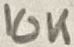
Text: 10K